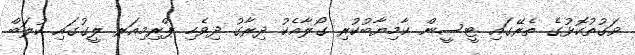
ވަގުތުކޮޅުގެ ތެރޭގައި ޓީސީން ކާމިޔާބުކުރި ގޯލާއެކު ދިރާގު ދިވެހި ޕްރިމިއަރ ލީގުގައި ކުލަބް